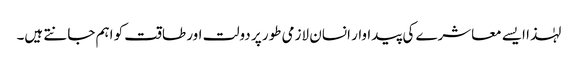
لہٰذا ایسے معاشرے کی پیداوار انسان لازمی طور پر دولت اور طاقت کو اہم جانتے ہیں۔